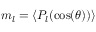
m _ { l } = \langle P _ { l } ( \cos ( \theta ) ) \rangle